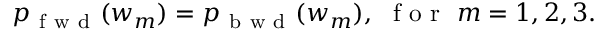
p _ { \mathrm { ~ f ~ w ~ d ~ } } ( w _ { m } ) = p _ { \mathrm { ~ b ~ w ~ d ~ } } ( w _ { m } ) , \ \mathrm { ~ f ~ o ~ r ~ } \ m = 1 , 2 , 3 .